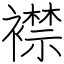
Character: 襟